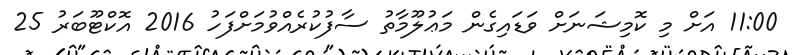
11:00 އަށް މި ކޮމިޝަނަށް ވަޑައިގެން މަޢުލޫމާތު ސާފުކުރެއްވުމަށްފަހު 2016 އޮކްޓޫބަރު 25